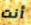
أنت